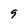
Character: 9